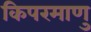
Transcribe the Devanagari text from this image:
किपरमाणु